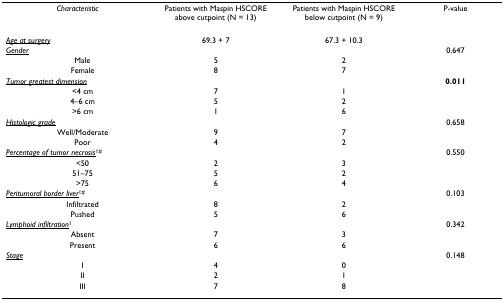
| Characteristic | Patients with Maspin HSCORE above cutpoint (N = 13) | Patients with Maspin HSCORE below cutpoint (N = 9) | P-value |
 | --- | --- | --- | --- |
 | <underline>Age at surgery</underline> | 69.3 + 7 | 67.3 + 10.3 |  |
 | <underline>Gender</underline> |  |  | 0.647 |
 | Male | 5 | 2 |  |
 | Female | 8 | 7 |  |
 | <underline>Tumor greatest dimension</underline> |  |  | 0.011 |
 | <4 cm | 7 | 1 |  |
 | 4–6 cm | 5 | 2 |  |
 | >6 cm | 1 | 6 |  |
 | <underline>Histologic grade</underline> |  |  | 0.658 |
 | Well/Moderate | 9 | 7 |  |
 | Poor | 4 | 2 |  |
 | <underline>Percentage of tumor necrosis</underline>1# |  |  | 0.550 |
 | <50 | 2 | 3 |  |
 | 51–75 | 5 | 2 |  |
 | >75 | 6 | 4 |  |
 | <underline>Peritumoral border liver</underline>1# |  |  | 0.103 |
 | Infiltrated | 8 | 2 |  |
 | Pushed | 5 | 6 |  |
 | <underline>Lymphoid infiltration</underline>1 |  |  | 0.342 |
 | Absent | 7 | 3 |  |
 | Present | 6 | 6 |  |
 | <underline>Stage</underline> |  |  | 0.148 |
 | I | 4 | 0 |  |
 | II | 2 | 1 |  |
 | III | 7 | 8 |  |